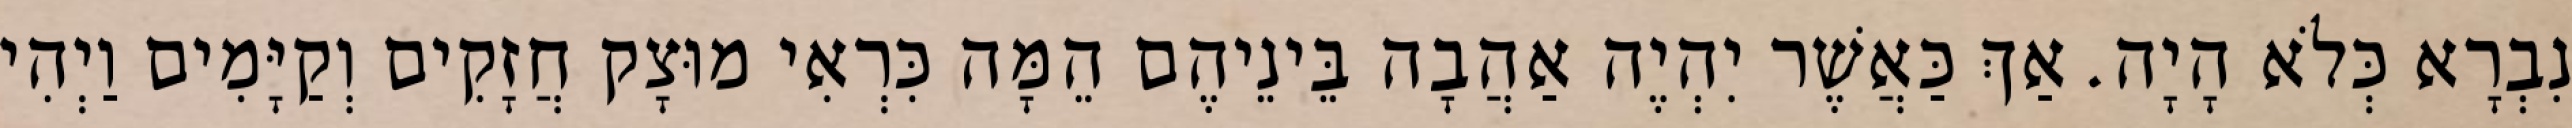
נִבְרָא כְּלֹא הָיָה. אַךְ כַּאֲשֶׁר יִהְיֶה אַהֲבָה בֵּינֵיהֶם הֵמָּה כִּרְאִי מוּצָק חֲזָקִים וְקַיָּמִים וַיְהִי